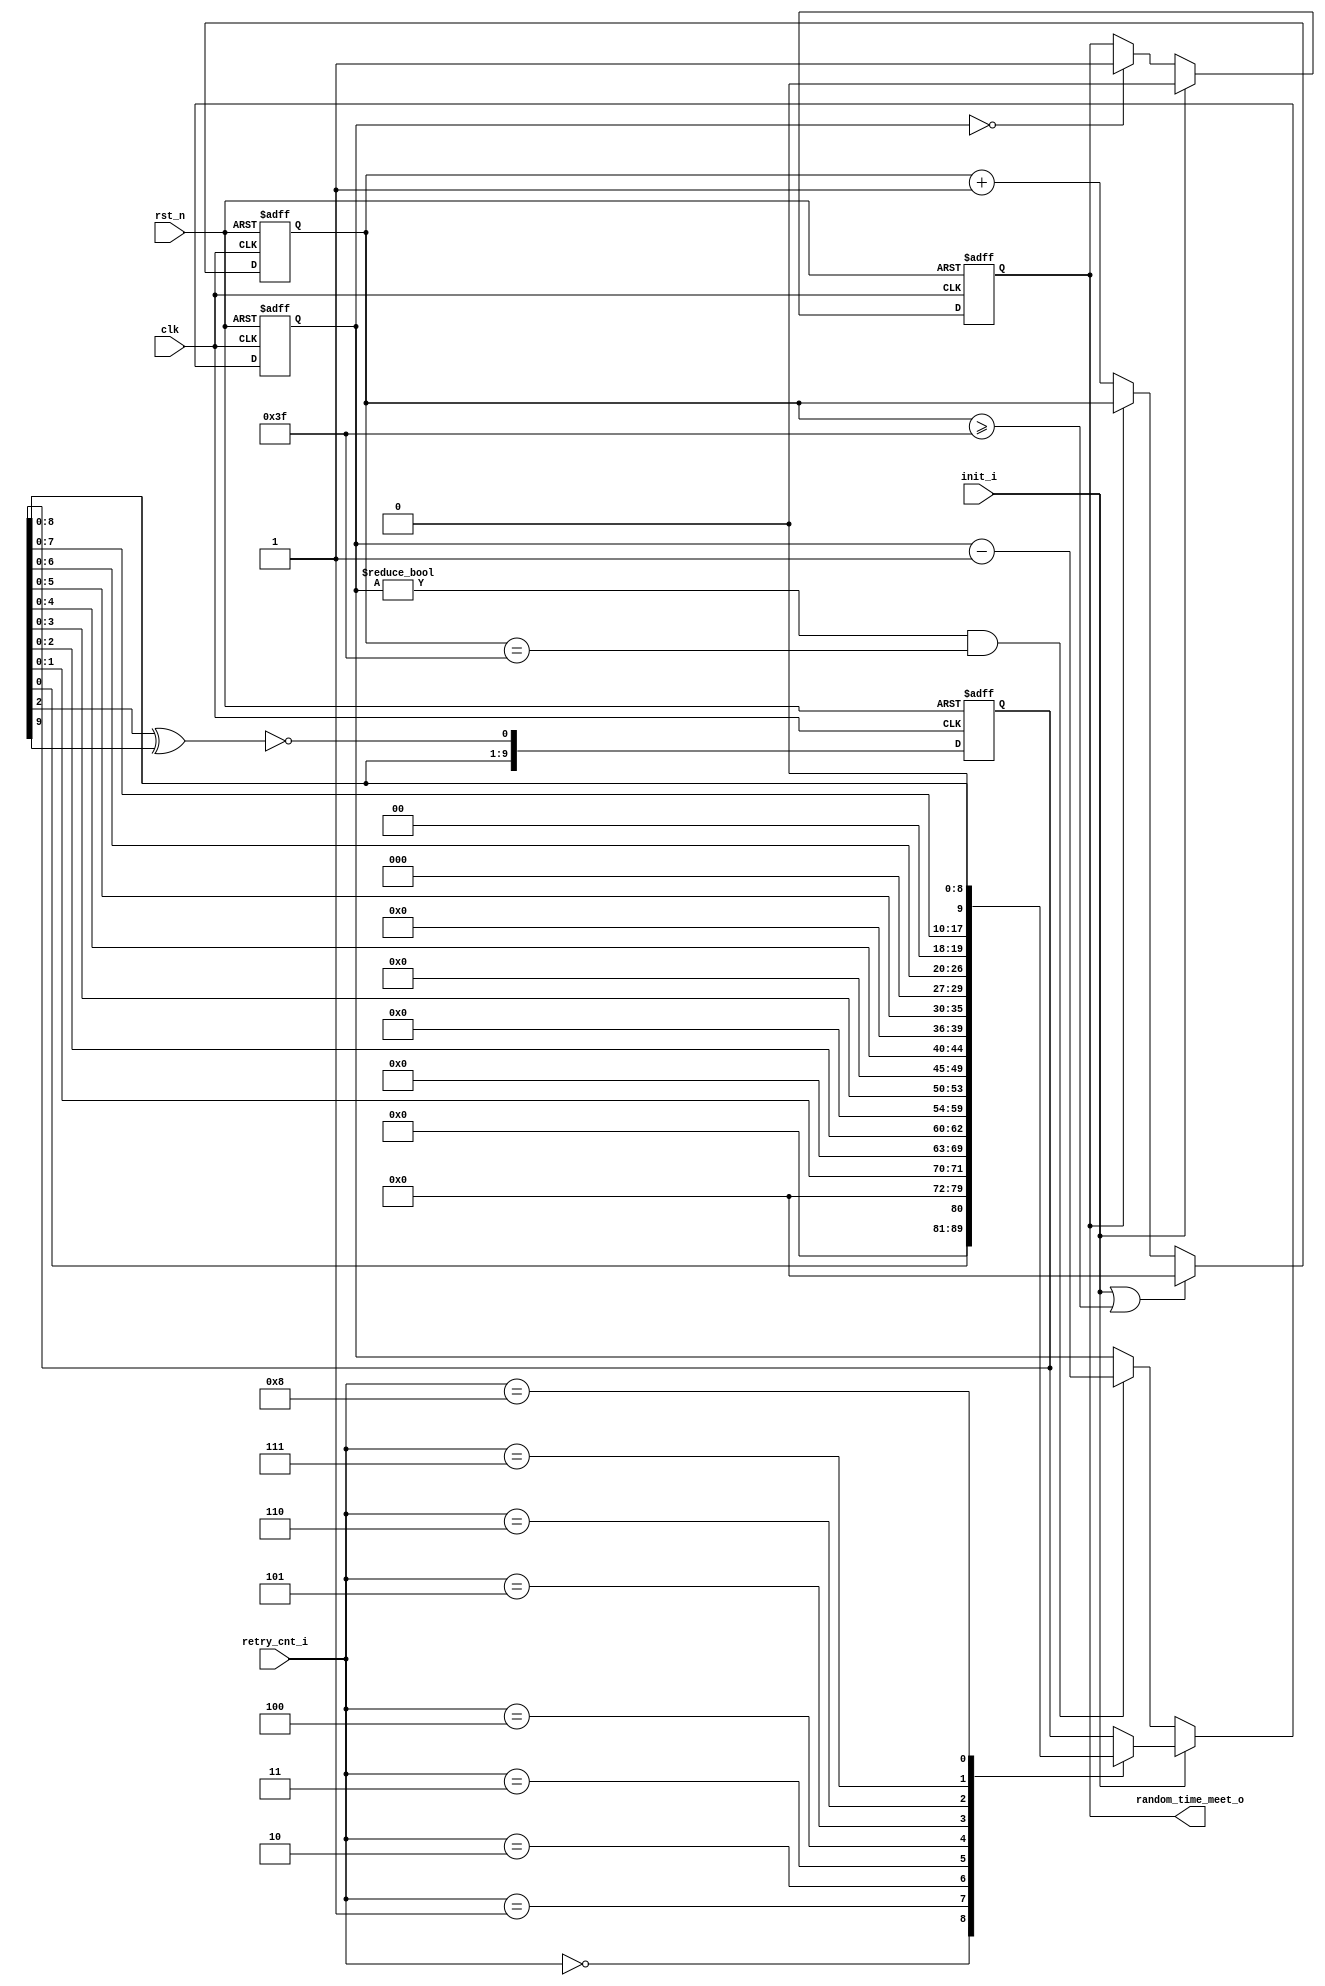
// This program was cloned from: https://github.com/lvzhengde/tsn-soc
// License: BSD 3-Clause "New" or "Revised" License

/*+
 * Copyright (c) 2022-2023 Zhengde
 *
 *
 * All rights reserved.
 * 
 * Redistribution and use in source and binary forms, with or without
 * modification, are permitted provided that the following conditions are met:
 * 
 * 1 Redistributions of source code must retain the above copyright notice, this
 *   list of conditions and the following disclaimer.
 * 
 * 2 Redistributions in binary form must reproduce the above copyright notice,
 *   this list of conditions and the following disclaimer in the documentation
 *   and/or other materials provided with the distribution.
 * 
 * 3 Neither the name of the copyright holder nor the names of its
 *   contributors may be used to endorse or promote products derived from
 *   this software without specific prior written permission.
 * 
 * THIS SOFTWARE IS PROVIDED BY THE COPYRIGHT HOLDERS AND CONTRIBUTORS "AS IS"
 * AND ANY EXPRESS OR IMPLIED WARRANTIES, INCLUDING, BUT NOT LIMITED TO, THE
 * IMPLIED WARRANTIES OF MERCHANTABILITY AND FITNESS FOR A PARTICULAR PURPOSE ARE
 * DISCLAIMED. IN NO EVENT SHALL THE COPYRIGHT HOLDER OR CONTRIBUTORS BE LIABLE
 * FOR ANY DIRECT, INDIRECT, INCIDENTAL, SPECIAL, EXEMPLARY, OR CONSEQUENTIAL
 * DAMAGES (INCLUDING, BUT NOT LIMITED TO, PROCUREMENT OF SUBSTITUTE GOODS OR
 * SERVICES; LOSS OF USE, DATA, OR PROFITS; OR BUSINESS INTERRUPTION) HOWEVER
 * CAUSED AND ON ANY THEORY OF LIABILITY, WHETHER IN CONTRACT, STRICT LIABILITY,
 * OR TORT (INCLUDING NEGLIGENCE OR OTHERWISE) ARISING IN ANY WAY OUT OF THE USE
 * OF THIS SOFTWARE, EVEN IF ADVISED OF THE POSSIBILITY OF SUCH DAMAGE.
-*/

/*+
 * EMAC random number generator for half duplex backoff 
-*/

module emac_random_gen ( 
    input               rst_n             ,
    input               clk               ,
    input               init_i            ,
    input   [3:0]       retry_cnt_i       ,
    output  reg         random_time_meet_o   
);
    parameter SLOT_CYCLES = 64; //512 bits /8, FIXME
    //As to slotTime, refer to IEEE 802.3-2018, clause 4.4.2, page 161.
    //for 10/100M Ethernet, slotTime = 512 bit times.
    //for 1000M Ethernet, slotTime = 4096 bit times.
    //this design support 1Gb/s Ethernet full duplex only.

    //++
    //internal signals                                                              
    //--

    reg [9:0]       random_sequence ;
    reg [9:0]       rand_x          ;
    reg [9:0]       random_counter  ;
    reg [7:0]       slot_time_counter; 

    always @(posedge clk or negedge rst_n) begin
        if (!rst_n)
            random_sequence <= 0;
        else
            random_sequence <= {random_sequence[8:0], ~(random_sequence[2] ^ random_sequence[9])};
    end
        
    always @(*) begin
        case (retry_cnt_i)
            4'h0    :   rand_x = {9'b0,random_sequence[0]};
            4'h1    :   rand_x = {8'b0,random_sequence[1:0]};     
            4'h2    :   rand_x = {7'b0,random_sequence[2:0]};
            4'h3    :   rand_x = {6'b0,random_sequence[3:0]};
            4'h4    :   rand_x = {5'b0,random_sequence[4:0]};
            4'h5    :   rand_x = {4'b0,random_sequence[5:0]};
            4'h6    :   rand_x = {3'b0,random_sequence[6:0]};
            4'h7    :   rand_x = {2'b0,random_sequence[7:0]};
            4'h8    :   rand_x = {1'b0,random_sequence[8:0]};
            4'h9    :   rand_x = {     random_sequence[9:0]};  
            default :   rand_x = {     random_sequence[9:0]};
        endcase
    end

    always @(posedge clk or negedge rst_n) begin
        if(!rst_n)
            slot_time_counter <= 0;
        else if(init_i || slot_time_counter >= (SLOT_CYCLES-1))
            slot_time_counter <= 0;
        else if(!random_time_meet_o)
            slot_time_counter <= slot_time_counter + 1;
    end
    
    always @(posedge clk or negedge rst_n) begin
        if(!rst_n)
            random_counter <= 0;
        else if(init_i)
            random_counter <= rand_x;
        else if(random_counter != 0 && slot_time_counter == (SLOT_CYCLES-1))
            random_counter <= random_counter - 1 ;
    end
        
    always @(posedge clk or negedge rst_n) begin
        if(!rst_n)
            random_time_meet_o <= 1;
        else if(init_i)
            random_time_meet_o <= 0;
        else if(random_counter == 0)
            random_time_meet_o <= 1;
    end
        
endmodule